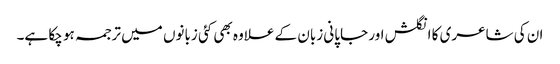
ان کی شاعری کا انگلش اور جاپانی زبان کے علاوہ بھی کئی زبانوں میں ترجمہ ہو چکا ہے۔